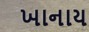
ખાનાય